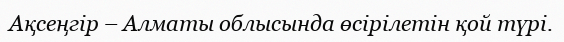
Ақсеңгір – Алматы облысында өсірілетін қой түрі.